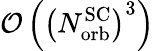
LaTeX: \mathcal{O}\left(\left({N_{\mathrm{orb}}^{\mathrm{SC}}}\right)^{3}\right)